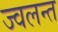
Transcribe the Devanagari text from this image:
ज्‍वलन्‍त